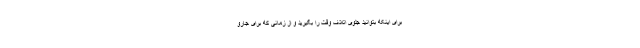
برای اینکه بتوانید جلوی اتلاف وقت را بگیرید و از زمانی که برای جارو